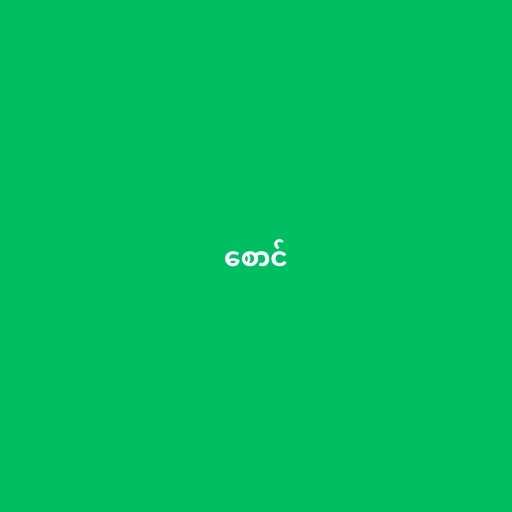
စောင်